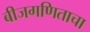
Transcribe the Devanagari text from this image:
बीजगणिताचा